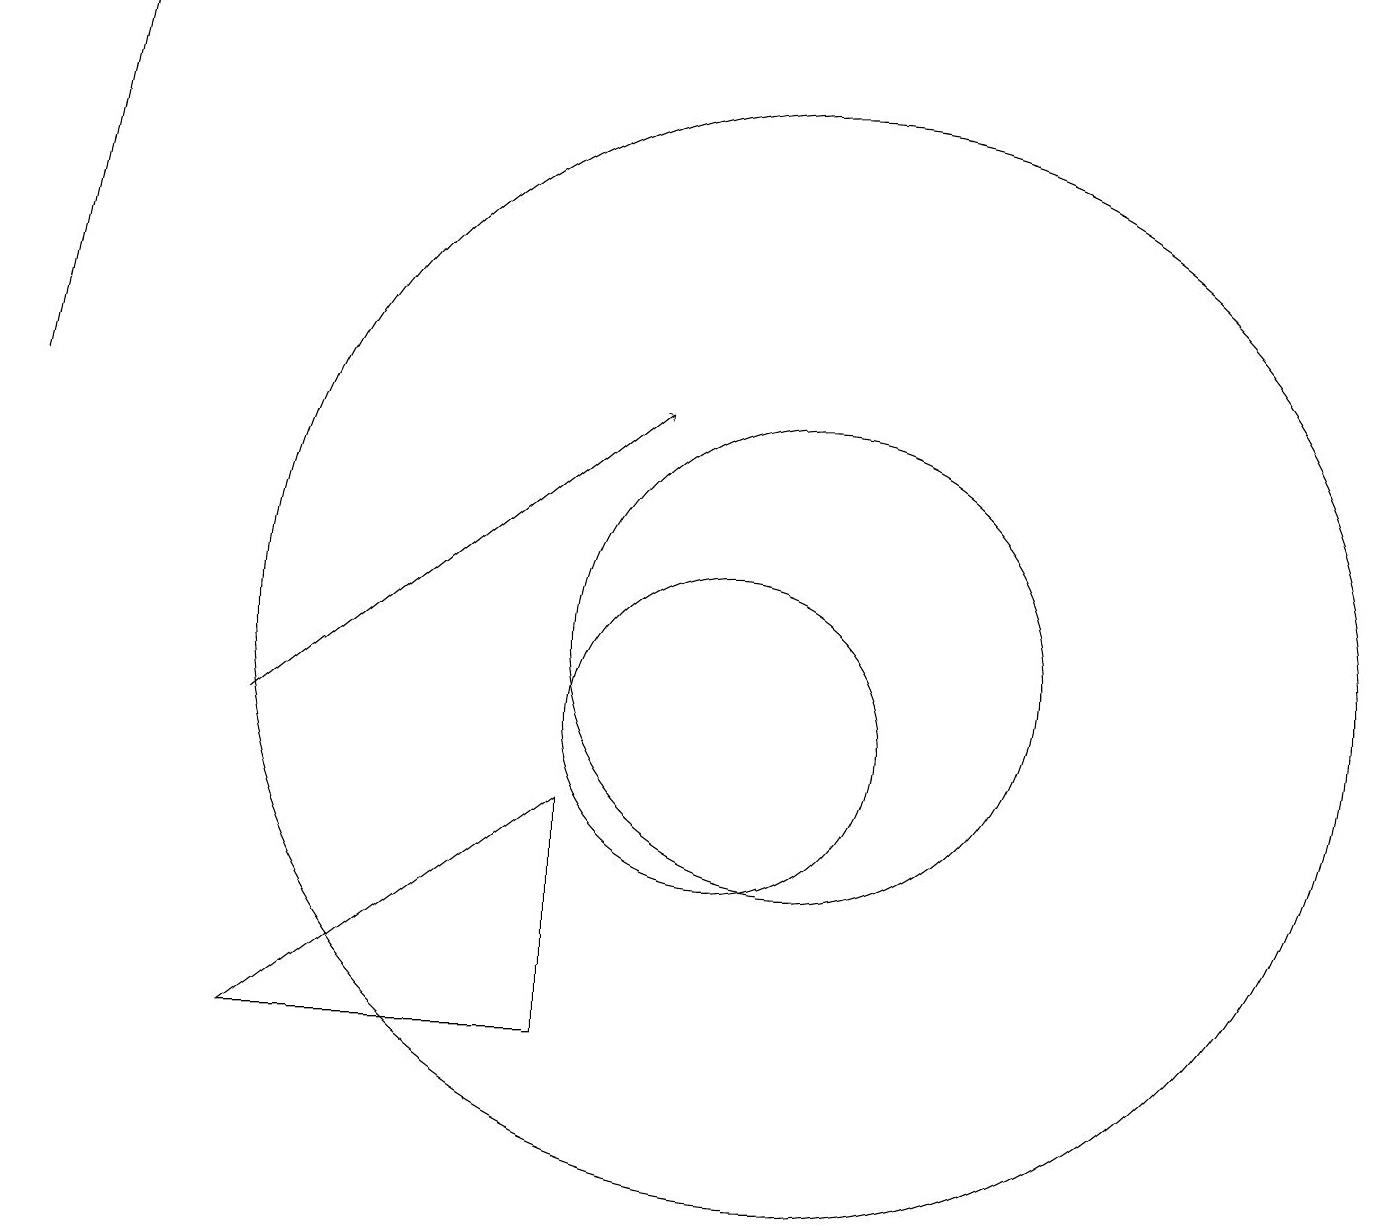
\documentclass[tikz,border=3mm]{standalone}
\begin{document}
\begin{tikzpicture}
\draw (4,6) -- (8,9) -- (8,6) -- cycle;
\draw (10,10) circle (2);
\draw[->] (1,14) -- (2,19);
\draw (11,11) circle (3);
\draw (11,11) circle (7);
\draw[->] (4,10) -- (9,14);
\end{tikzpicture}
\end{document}